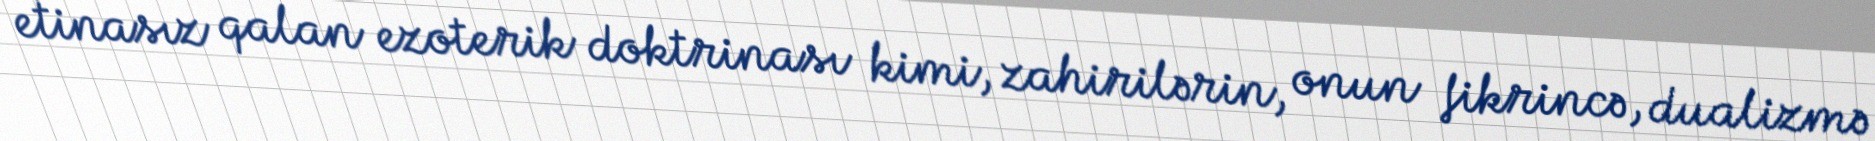
etinasız qalan ezoterik doktrinası kimi, zahirilərin, onun fikrincə, dualizmə